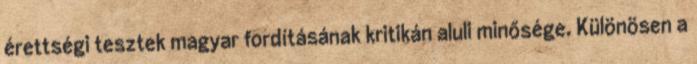
érettségi tesztek magyar fordításának kritikán aluli minősége. Különösen a